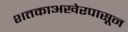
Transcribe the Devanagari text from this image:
शतकाअखेरपासून